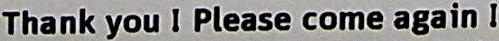
THANK YOU ! PLEASE COME AGAIN !